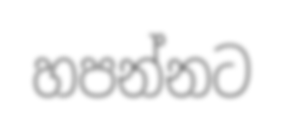
හපන්නට